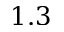
1 . 3